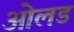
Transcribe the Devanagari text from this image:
ओलड